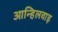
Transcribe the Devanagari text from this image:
आन्हिलवाड़